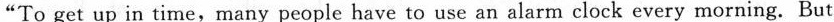
"To get up in time, many people have to use an alarm clock every morning.But